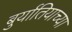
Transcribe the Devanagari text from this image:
बुर्यातियाच्या